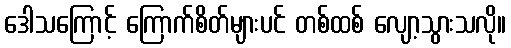
ဒေါသကြောင့် ကြောက်စိတ်များပင် တစ်ထစ် လျော့သွားသလို။